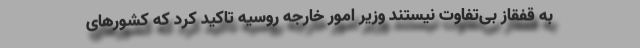
به قفقاز بی‌تفاوت نیستند وزیر امور خارجه روسیه تاکید کرد که کشورهای